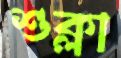
শুক্লা